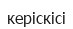
керіскісі